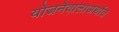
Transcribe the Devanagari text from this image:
योजनेवालाअर्थात